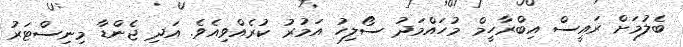
ބެލުމަށް ރައީސް އިބްރާހީމް މުހައްމަދު ސޯލިހު އަމުރު ކުރެއްވިއެވެ. އަދި ޖެންޑާ މިނިސްޓަރު